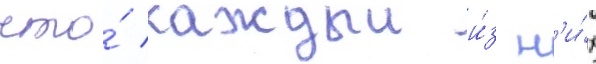
что́ каждыи и́з н'и́х